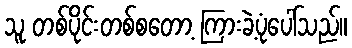
သူ တစ်ပိုင်းတစ်စတော့ ကြားခဲ့ပုံပေါ်သည်။